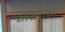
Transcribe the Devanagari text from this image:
भसाडा